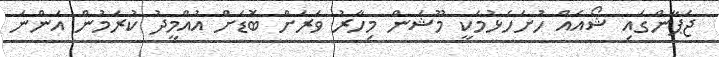
ޖަޕާންގައި ޝޯއެއް ހުށަހެޅުމަކީ މޫޝަން މިހާރު ވަރަށް ބޮޑަށް އުއްމީދު ކުރަމުން އަންނަ